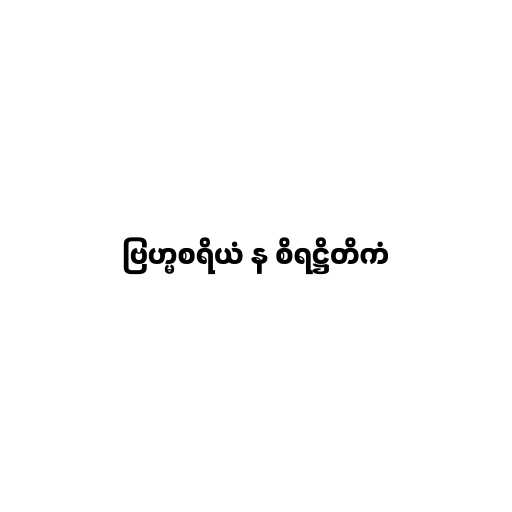
ဗြဟ္မစရိယံ န စိရဋ္ဌိတိကံ